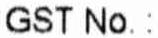
GST NO.: